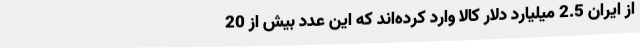
از ایران 2.5 میلیارد دلار کالا وارد کرده‌اند که این عدد بیش از 20